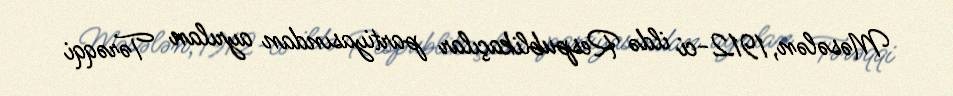
Məsələn, 1912-ci ildə Respublikaçılar partiyasından ayrılan Tərəqqi